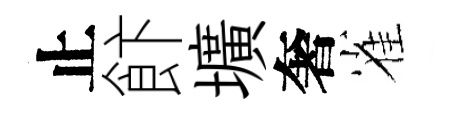
止飰壙奢雀